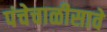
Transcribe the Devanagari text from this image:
पंचेचाळीसावे